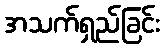
အသက်ရှည်ခြင်း